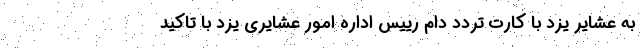
به عشایر یزد با کارت تردد دام رییس اداره امور عشایری یزد با تاکید